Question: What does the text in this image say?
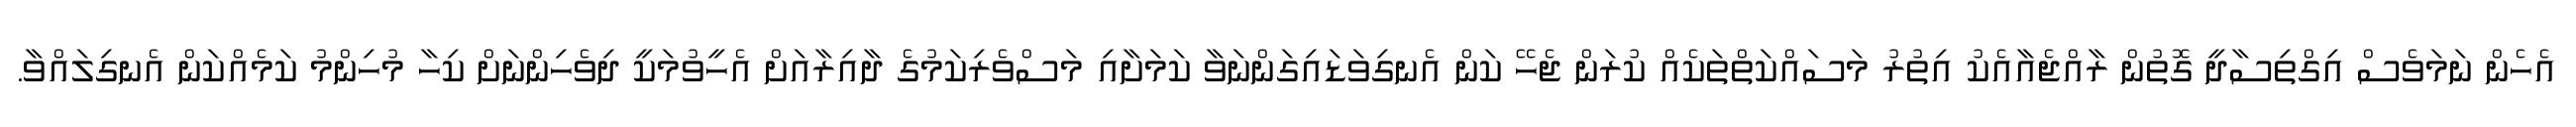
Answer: އެހެން ނަމަވެސް އިގްތިސާދީ ގޮތުން ރާއްޖެއާއެކު އިތުރު މަސައްކަތްތަކެއް ކުރަން ޖެހޭ ކަން އެނގިވަޑައިގަންނަވާ ކަމަށާއި މަސްވެރިކަމުގެ ދާއިރާއަށް އެހީވުމަކީ ދިވެހިންނަށް ކިހާ މުހިންމު ކަމެއްކަން އެނގިލައްވާ.